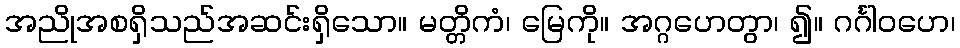
အညိုအစရှိသည်အဆင်းရှိသော။ မတ္တိကံ၊ မြေကို။ အဂ္ဂဟေတွာ၊ ၍။ ဂင်္ဂါဝဟေ၊